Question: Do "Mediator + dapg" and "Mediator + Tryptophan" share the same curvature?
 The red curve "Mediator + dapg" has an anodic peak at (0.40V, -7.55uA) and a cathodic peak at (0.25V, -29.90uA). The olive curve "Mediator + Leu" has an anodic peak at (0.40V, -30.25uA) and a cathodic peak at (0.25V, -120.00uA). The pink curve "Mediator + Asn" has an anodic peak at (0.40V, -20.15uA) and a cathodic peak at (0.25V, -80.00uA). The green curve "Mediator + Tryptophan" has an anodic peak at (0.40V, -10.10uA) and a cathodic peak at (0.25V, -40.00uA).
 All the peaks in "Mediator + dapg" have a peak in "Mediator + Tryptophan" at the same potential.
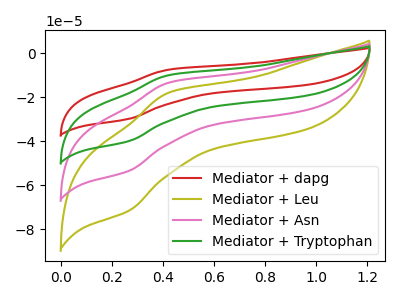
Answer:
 <answer>"Mediator + dapg" and "Mediator + Tryptophan" are similar in shape.</answer>
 <eval>same_shape</eval>